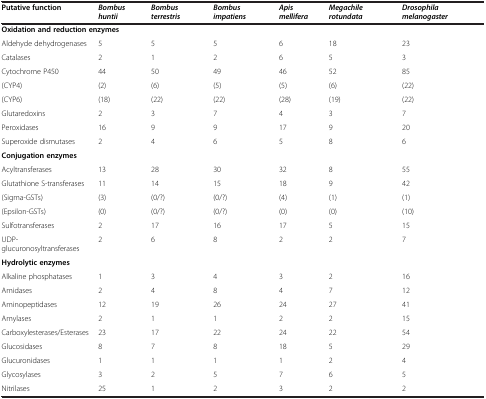
<table><thead><tr><td><b>Putative function</b></td><td><b><i>Bombus huntii</i></b></td><td><b><i>Bombus terrestris</i></b></td><td><b><i>Bombus impatiens</i></b></td><td><b><i>Apis mellifera</i></b></td><td><b><i>Megachile rotundata</i></b></td><td><b><i>Drosophila melanogaster</i></b></td></tr></thead><tbody><tr><td colspan="7"><b>Oxidation and reduction enzymes</b></td></tr><tr><td>Aldehyde dehydrogenases</td><td>5</td><td>5</td><td>5</td><td>6</td><td>18</td><td>23</td></tr><tr><td>Catalases</td><td>2</td><td>1</td><td>2</td><td>6</td><td>5</td><td>3</td></tr><tr><td>Cytochrome P450</td><td>44</td><td>50</td><td>49</td><td>46</td><td>52</td><td>85</td></tr><tr><td>(CYP4)</td><td>(2)</td><td>(6)</td><td>(5)</td><td>(5)</td><td>(6)</td><td>(22)</td></tr><tr><td>(CYP6)</td><td>(18)</td><td>(22)</td><td>(22)</td><td>(28)</td><td>(19)</td><td>(22)</td></tr><tr><td>Glutaredoxins</td><td>2</td><td>3</td><td>7</td><td>4</td><td>3</td><td>7</td></tr><tr><td>Peroxidases</td><td>16</td><td>9</td><td>9</td><td>17</td><td>9</td><td>20</td></tr><tr><td>Superoxide dismutases</td><td>2</td><td>4</td><td>6</td><td>5</td><td>8</td><td>6</td></tr><tr><td><b>Conjugation enzymes</b></td><td> </td><td> </td><td> </td><td> </td><td> </td><td> </td></tr><tr><td>Acyltransferases</td><td>13</td><td>28</td><td>30</td><td>32</td><td>8</td><td>55</td></tr><tr><td>Glutathione S-transferases</td><td>11</td><td>14</td><td>15</td><td>18</td><td>9</td><td>42</td></tr><tr><td>(Sigma-GSTs)</td><td>(3)</td><td>(0/?)</td><td>(0/?)</td><td>(4)</td><td>(1)</td><td>(1)</td></tr><tr><td>(Epsilon-GSTs)</td><td>(0)</td><td>(0/?)</td><td>(0/?)</td><td>(0)</td><td>(0)</td><td>(10)</td></tr><tr><td>Sulfotransferases</td><td>2</td><td>17</td><td>16</td><td>17</td><td>5</td><td>15</td></tr><tr><td>UDP-glucuronosyltransferases</td><td>2</td><td>6</td><td>8</td><td>2</td><td>2</td><td>7</td></tr><tr><td><b>Hydrolytic enzymes</b></td><td> </td><td> </td><td> </td><td> </td><td> </td><td> </td></tr><tr><td>Alkaline phosphatases</td><td>1</td><td>3</td><td>4</td><td>3</td><td>2</td><td>16</td></tr><tr><td>Amidases</td><td>2</td><td>4</td><td>8</td><td>4</td><td>7</td><td>12</td></tr><tr><td>Aminopeptidases</td><td>12</td><td>19</td><td>26</td><td>24</td><td>27</td><td>41</td></tr><tr><td>Amylases</td><td>2</td><td>1</td><td>1</td><td>2</td><td>2</td><td>15</td></tr><tr><td>Carboxylesterases/Esterases</td><td>23</td><td>17</td><td>22</td><td>24</td><td>22</td><td>54</td></tr><tr><td>Glucosidases</td><td>8</td><td>7</td><td>8</td><td>18</td><td>5</td><td>29</td></tr><tr><td>Glucuronidases</td><td>1</td><td>1</td><td>1</td><td>1</td><td>2</td><td>4</td></tr><tr><td>Glycosylases</td><td>3</td><td>2</td><td>5</td><td>7</td><td>6</td><td>5</td></tr><tr><td>Nitrilases</td><td>25</td><td>1</td><td>2</td><td>3</td><td>2</td><td>2</td></tr></tbody></table>